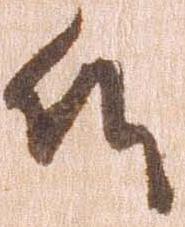
候